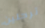
ترحلين